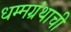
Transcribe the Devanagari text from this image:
धम्मग्रंथाची